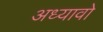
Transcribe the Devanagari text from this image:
अध्यावो